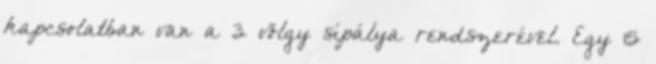
kapcsolatban van a 3 völgy sípálya rendszerével. Egy 15